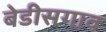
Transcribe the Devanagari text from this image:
बेडीसगाव